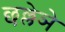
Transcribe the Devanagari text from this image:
छल्लेञे